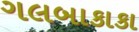
ગલબાકાકા